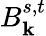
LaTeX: B_{\mathbf{k}}^{s,t}